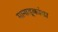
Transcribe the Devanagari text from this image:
मानाडूकांडा